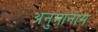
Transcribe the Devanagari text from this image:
अनुमानास